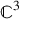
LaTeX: \mathbb { C } ^ { 3 }